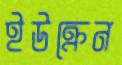
ইউক্রেন